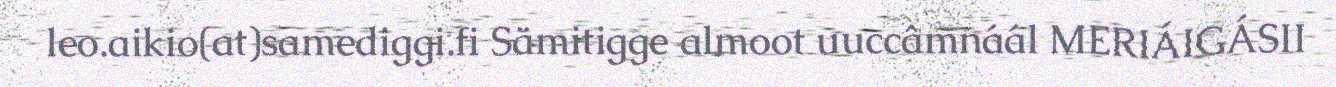
leo.aikio(at)samediggi.fi Sämitigge almoot uuccâmnáál MERIÁIGÁSII